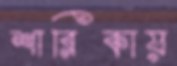
শারিকায়